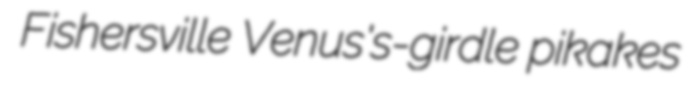
Fishersville Venus's-girdle pikakes